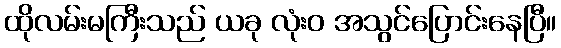
ထိုလမ်းမကြီးသည် ယခု လုံးဝ အသွင်ပြောင်းနေပြီ။